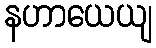
နဟာယေယျ